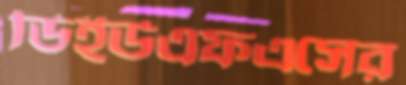
ডিইউএফএসের